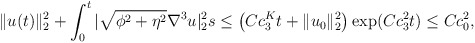
\begin{align*}\|u(t)\|^2_2+\int_0^t |\sqrt{\phi^2+\eta^2} \nabla^3 u|^2_2s \leq \big(Cc^{K}_3t+\|u_0\|^2_2\big)\exp (Cc^{2}_3 t)\leq Cc^2_0,\end{align*}